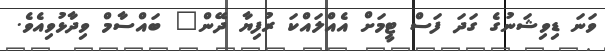
ވަނަ ޑިވިޝަނުގެ ގަދަ ފަސް ޓީމަށް އެއްލައްކަ ރުފިޔާ ދޭން" ބައްސާމް ވިދާޅުވިއެވެ.